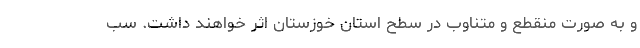
و به صورت منقطع و متناوب در سطح استان خوزستان اثر خواهند داشت. سب